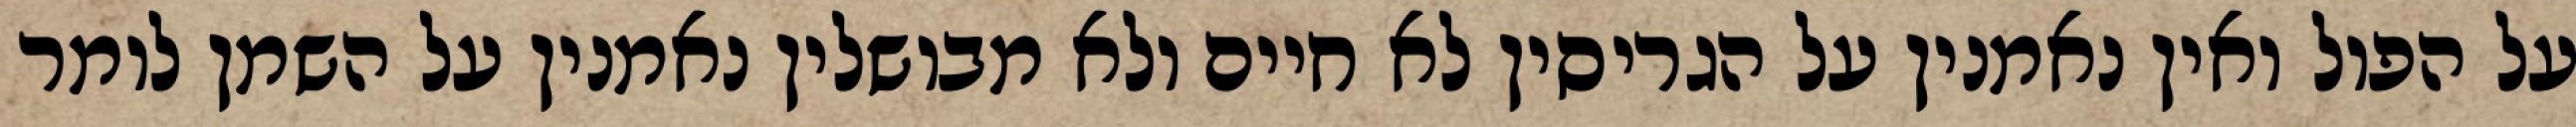
על הפול ואין נאמנין על הגריסין לא חיים ולא מבושלין נאמנין על השמן לומר